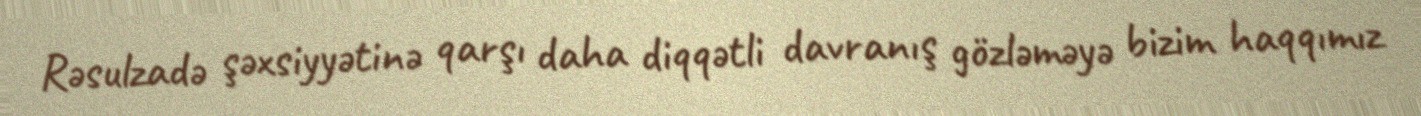
Rəsulzadə şəxsiyyətinə qarşı daha diqqətli davranış gözləməyə bizim haqqımız